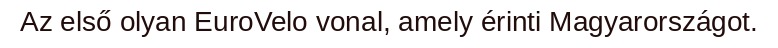
Az első olyan EuroVelo vonal, amely érinti Magyarországot.